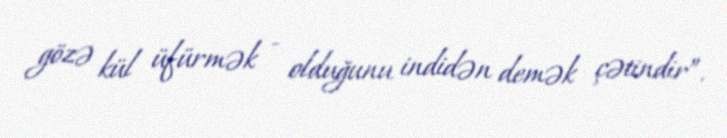
gözə kül üfürmək - olduğunu indidən demək çətindir”.